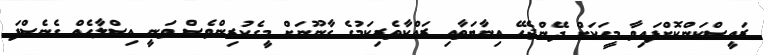
ރައީސްކަންކޮށްފައިވާ މީހަކަށް ދޭންޖެހޭ އިނާޔަތާއި ރައްކާތެރިކަމުގެ ގާނޫނަށް މީގެކުރިންވެސް ވަނީ އިސްލާހެއް ގެނެސްފަ